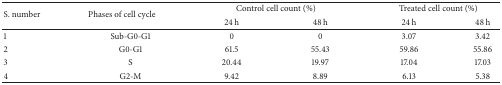
| <ROWSPAN=2> S. number | <ROWSPAN=2> Phases of cell cycle | <COLSPAN=2> Control cell count (%) | <COLSPAN=2> Treated cell count (%) |
 | 24 h | 48 h | 24 h | 48 h |
 | --- | --- | --- | --- | --- | --- |
 | 1 | Sub-G0-G1 | 0 | 0 | 3.07 | 3.42 |
 | 2 | G0-G1 | 61.5 | 55.43 | 59.86 | 55.86 |
 | 3 | S | 20.44 | 19.97 | 17.04 | 17.03 |
 | 4 | G2-M | 9.42 | 8.89 | 6.13 | 5.38 |